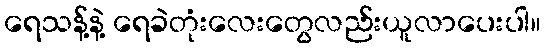
ရေသန့်နဲ့ ရေခဲတုံးလေးတွေလည်းယူလာပေးပါ။